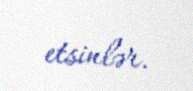
etsinlər.